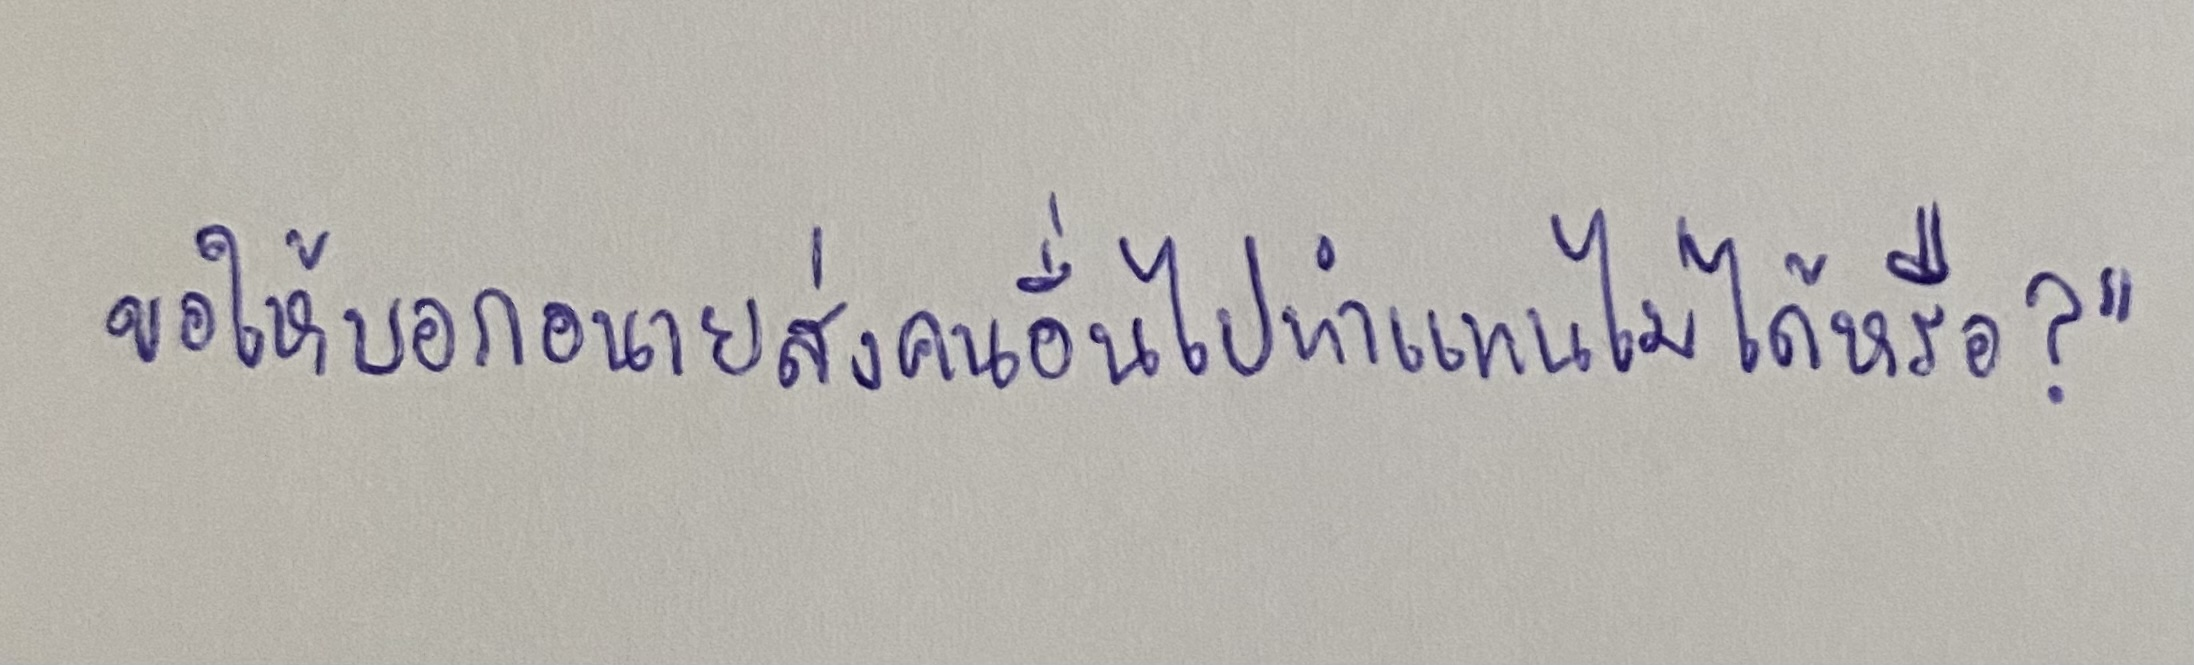
ขอให้บอกอนายส่งคนอื่นไปทำแทนไม่ได้หรือ?"